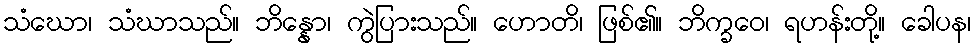
သံဃော၊ သံဃာသည်။ ဘိန္နော၊ ကွဲပြားသည်။ ဟောတိ၊ ဖြစ်၏။ ဘိက္ခဝေ၊ ရဟန်းတို့။ ခေါပန၊